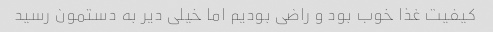
کیفیت غذا خوب بود و راضی بودیم اما خیلی دیر به دستمون رسید